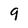
Character: 9